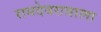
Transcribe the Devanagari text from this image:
रामदेवरावाला